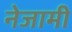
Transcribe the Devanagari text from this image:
नेजामी